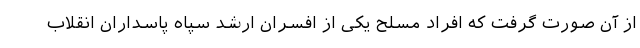
از آن صورت گرفت که افراد مسلح یکی از افسران ارشد سپاه پاسداران انقلاب